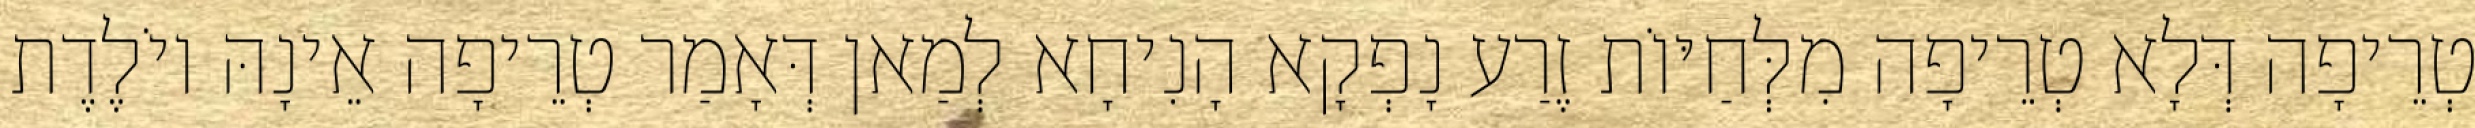
טְרֵיפָה דְּלָא טְרֵיפָה מִלְּחַיּוֹת זֶרַע נָפְקָא הָנִיחָא לְמַאן דְּאָמַר טְרֵיפָה אֵינָהּ יוֹלֶדֶת